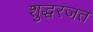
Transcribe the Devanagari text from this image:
शुद्धरजत